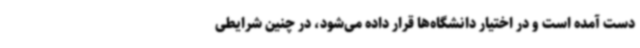
دست آمده است و در اختیار دانشگاه‌ها قرار داده می‌شود، در چنین شرایطی